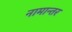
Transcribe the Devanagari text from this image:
नामान्तर